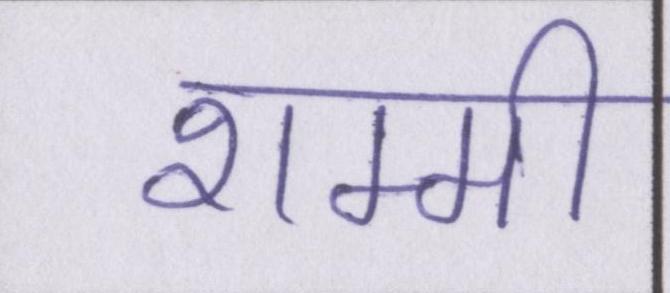
शम्मी